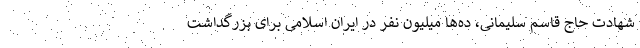
شهادت حاج قاسم سلیمانی، ده‌ها میلیون نفر در ایران اسلامی برای بزرگداشت